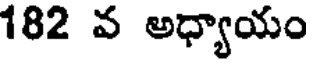
182 వ అధ్యాయం